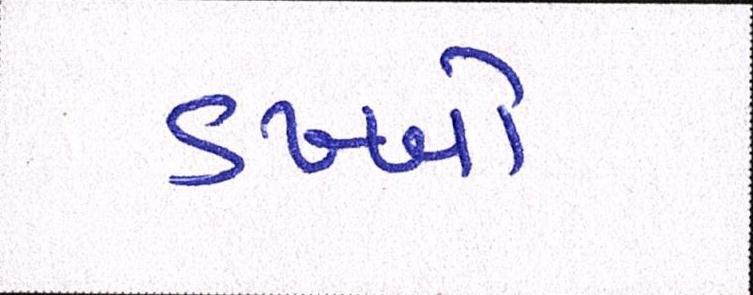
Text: ડખ્ખો